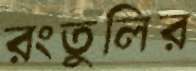
রংতুলির